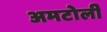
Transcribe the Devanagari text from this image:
अमटोली